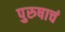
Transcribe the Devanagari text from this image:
पुरुषाचं